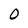
Character: O